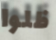
ظلوا